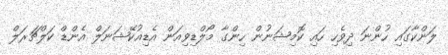
ލަންކާގައި ހުންނަ ދިވެހި ހައި ކޮމިޝަނުން ހިންގާ މޯލްޑިވިއަން އެޑިއުކޭޝަނަލް އެންޑް ކަލްޗަރަލް